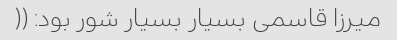
میرزا قاسمی بسیار بسیار شور بود: ((